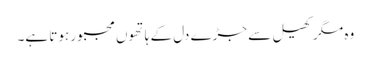
وہ مگر کھیل سے جڑے دل کے ہاتھوں مجبور ہوتا ہے۔